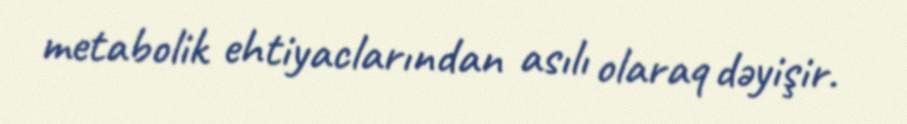
metabolik ehtiyaclarından asılı olaraq dəyişir.